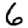
Digit: 6